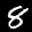
Label: 8